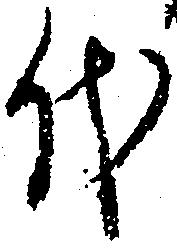
代